Lunatic asylums Punjab 1895-1910 - 1895-1910
Year: 1895
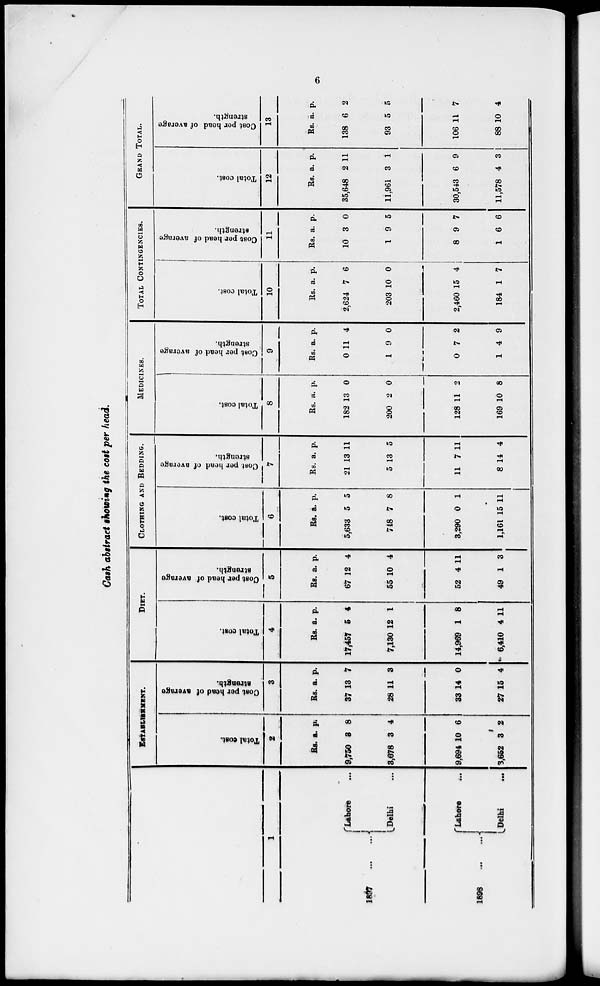
6
Cash abstract showing the cost per head.
1
1897 ... ...
1896
...
...
Lahore ...
Delhi ...
Lahore
...
Delhi ...
ESTABLISHMENT.
Total cost.
2
Rs.
9,750
3,678
9,694
3,652
a.
38
3
10
3
p.
8
4
6
2
Cost per head of average
strength.
3
Rs
37
28
33
27
. a.
13
11
14
15
p.
7
3
0
4
DIET.
Total cost.
4
Rs.
17,457
7,130
14,969
6,410
a.
5
12
1
4
p.
4
1
8
11
Cost per head of average
strength.
5
Rs.
67
55
52
49
a.
12
10
4
1
p.
4
4
11
3
CLOTHING AND BEDDING.
Total cost.
6
Rs.
5,633
718
3,290
1,161
a.
5
7
0
15
p.
5
8
1
11
Cost per head of average
strength.
7
Rs
21
5
11
8
. a.
13
13
7
14
p.
11
5
11
4
MEDICINES.
Total cost.
8
Rs
182
200
128
169
a.
13
2
11
10
p.
0
0
2
8
Cost per head of average
strength.
9
Rs.
0
1
0
1
a.
11
9
7
4
p.
4
0
2
9
TOTAL CONTINGENCIES.
Total cost.
10
Rs
2,624
203
2,460
184
a.
7
10
15
1
p.
6
0
4
7
Cost per head of average
strength.
11
Rs.
10
1
8
1
a.
3
9
9
6
p.
0
5
7
6
GRAND TOTAL.
Total cost.
12
Rs.
35,648
11,961
30,543
11,578
a.
2
3
6
4
p.
11
1
9
3
Cost per head of average
strength.
13
Rs.
138
93
106
88
a.
6
5
11
10
p.
2
5
7
4